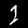
Digit: 1